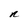
Character: n